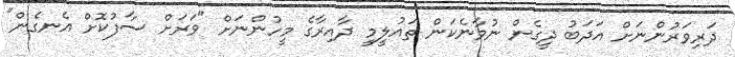
ދަރިވަރުންނަށް އަދަބު ދީގެން ނުވާނެކަން ތައުލީމީ ދާއިރާގެ މީހުންނަށް "ވަރަށް ސާފުކޮށް އެނގެން"